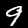
Label: 9